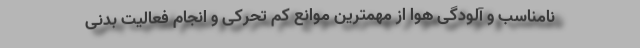
نامناسب و آلودگی هوا از مهمترین موانع کم تحرکی و انجام فعالیت بدنی